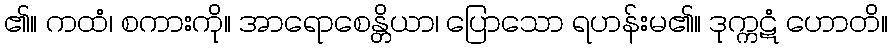
၏။ ကထံ၊ စကားကို။ အာရောစေန္တိယာ၊ ပြောသော ရဟန်းမ၏။ ဒုက္ကဋံ ဟောတိ။